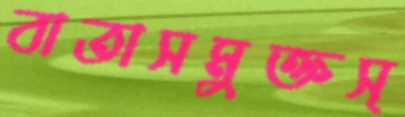
বাতাসমুক্তস্